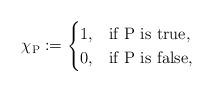
LaTeX: \begin{align*} \chi_{\textrm P}:= \begin{cases} 1, & \textrm{if P is true}, \\ 0, & \textrm{if P is false}, \end{cases}\end{align*}